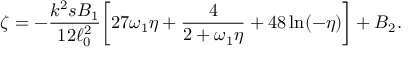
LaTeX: \zeta = - \frac { k ^ { 2 } s B _ { 1 } } { 1 2 \ell _ { 0 } ^ { 2 } } \biggl [ 2 7 \omega _ { 1 } \eta + \frac { 4 } { 2 + \omega _ { 1 } \eta } + 4 8 \ln ( - \eta ) \biggr ] + B _ { 2 } .